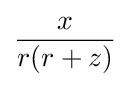
{\frac {x}{r(r+z)}}